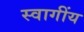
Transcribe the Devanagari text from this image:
स्वागींय